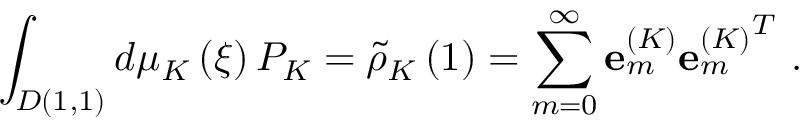
\int _ { D ( 1 , 1 ) } { d \mu _ { K } \left( \xi \right) P _ { K } = { \tilde { \rho } } _ { K } \left( 1 \right) = \sum _ { m = 0 } ^ { \infty } { { \bf e } _ { m } ^ { \left( K \right) } { { \bf e } _ { m } ^ { \left( K \right) } } ^ { T } } } \ .